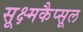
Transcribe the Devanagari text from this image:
सूक्ष्मकैप्सूल